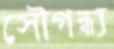
সৌগন্ধ্য